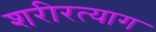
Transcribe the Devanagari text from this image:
शरीरत्याग